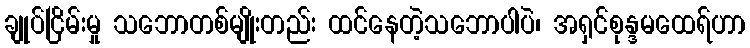
ချုပ်ငြိမ်းမှု သဘောတစ်မျိုးတည်း ထင်နေတဲ့သဘောပါပဲ၊ အရှင်စုန္ဒမထေရ်ဟာ